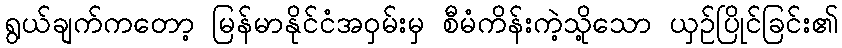
ရွယ်ချက်ကတော့ မြန်မာနိုင်ငံအဝှမ်းမှ စီမံကိန်းကဲ့သို့သော ယှဉ်ပြိုင်ခြင်း၏